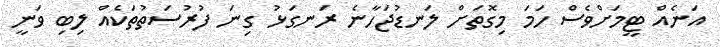
އަނެއް ޓީމަށްވެސް ހަމަ މިގޮތަށް ލަނޑުޖަހާނެ ރަނގަޅު ގިނަ ފުރުސަތުތަކެއް ލިބި ވަނީ